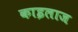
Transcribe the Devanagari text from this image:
काइलाज